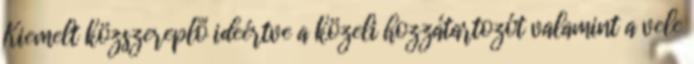
Kiemelt közszereplő ideértve a közeli hozzátartozót valamint a vele